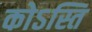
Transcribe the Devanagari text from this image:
कोऽस्ति